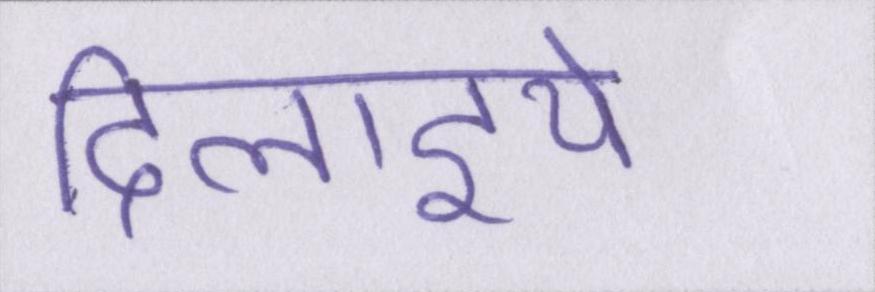
दिलाइये